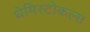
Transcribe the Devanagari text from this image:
थेमिस्टोकल्स